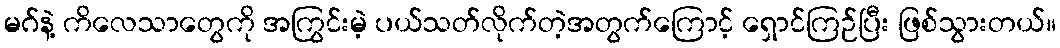
မဂ်နဲ့ ကိလေသာတွေကို အကြွင်းမဲ့ ပယ်သတ်လိုက်တဲ့အတွက်ကြောင့် ရှောင်ကြဉ်ပြီး ဖြစ်သွားတယ်။